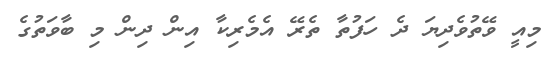
މިއީ ވޭތުވެދިޔަ ދެ ހަފުތާ ތެރޭ އެމެރިކާ އިން ދިން މި ބާވަތުގެ